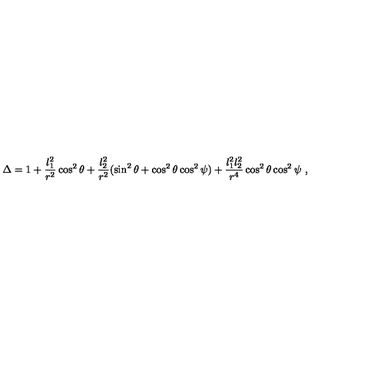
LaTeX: \Delta = 1 + \frac { l _ { 1 } ^ { 2 } } { r ^ { 2 } } \cos ^ { 2 } \theta + \frac { l _ { 2 } ^ { 2 } } { r ^ { 2 } } ( \sin ^ { 2 } \theta + \cos ^ { 2 } \theta \cos ^ { 2 } \psi ) + \frac { l _ { 1 } ^ { 2 } l _ { 2 } ^ { 2 } } { r ^ { 4 } } \cos ^ { 2 } \theta \cos ^ { 2 } \psi \ ,